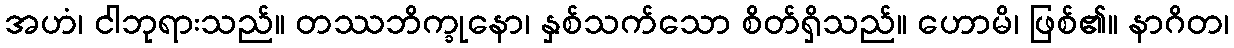
အဟံ၊ ငါဘုရားသည်။ တဿဘိက္ခုနော၊ နှစ်သက်သော စိတ်ရှိသည်။ ဟောမိ၊ ဖြစ်၏။ နာဂိတ၊